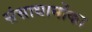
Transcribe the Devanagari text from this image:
संसाधानोंका